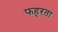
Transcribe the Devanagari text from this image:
फहरता